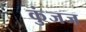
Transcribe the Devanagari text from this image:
कुंजज